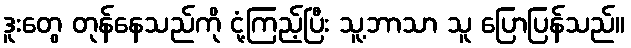
ဒူးတွေ တုန်နေသည်ကို ငုံ့ကြည့်ပြီး သူ့ဘာသာ သူ ပြောပြန်သည်။